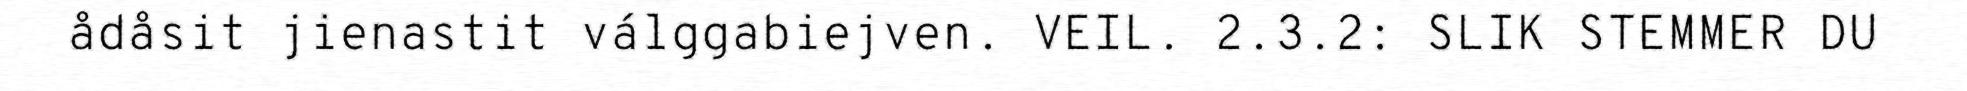
ådåsit jienastit válggabiejven. VEIL. 2.3.2: SLIK STEMMER DU